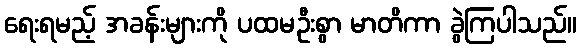
ရေးရမည့် အခန်းများကို ပထမဦးစွာ မာတိကာ ခွဲကြပါသည်။